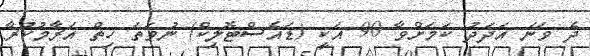
ދެ ވަނަ އަދަދު ކަމަށްވާ 90 އަކީ (ޑައެސްޓޮލިކް) ނުވަތަ ހިތް އަރާމުކުރާ